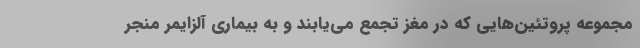
مجموعه پروتئین‌هایی که در مغز تجمع می‌یابند و به بیماری آلزایمر منجر